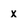
Character: x